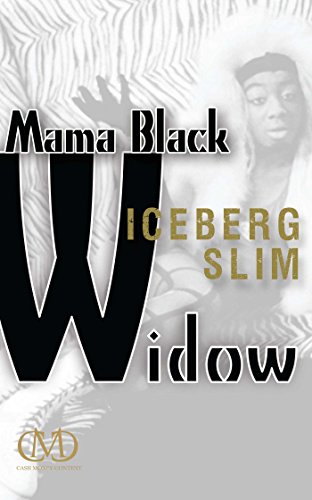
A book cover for Mama Black Widow; Iceberg Slim; Literature & Fiction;